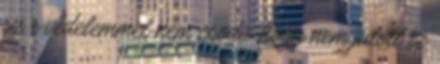
sz r védelemmel nem csoda, hogy nem jutott be